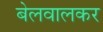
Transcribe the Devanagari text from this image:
बेलवालकर